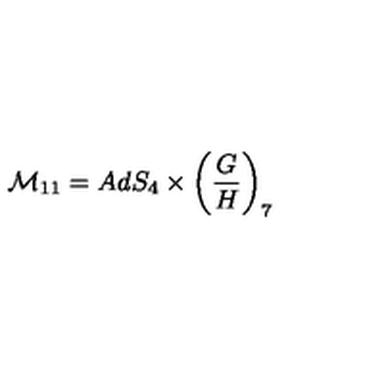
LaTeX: { \cal M } _ { 1 1 } = A d S _ { 4 } \times \left( \frac { G } { H } \right) _ { 7 }